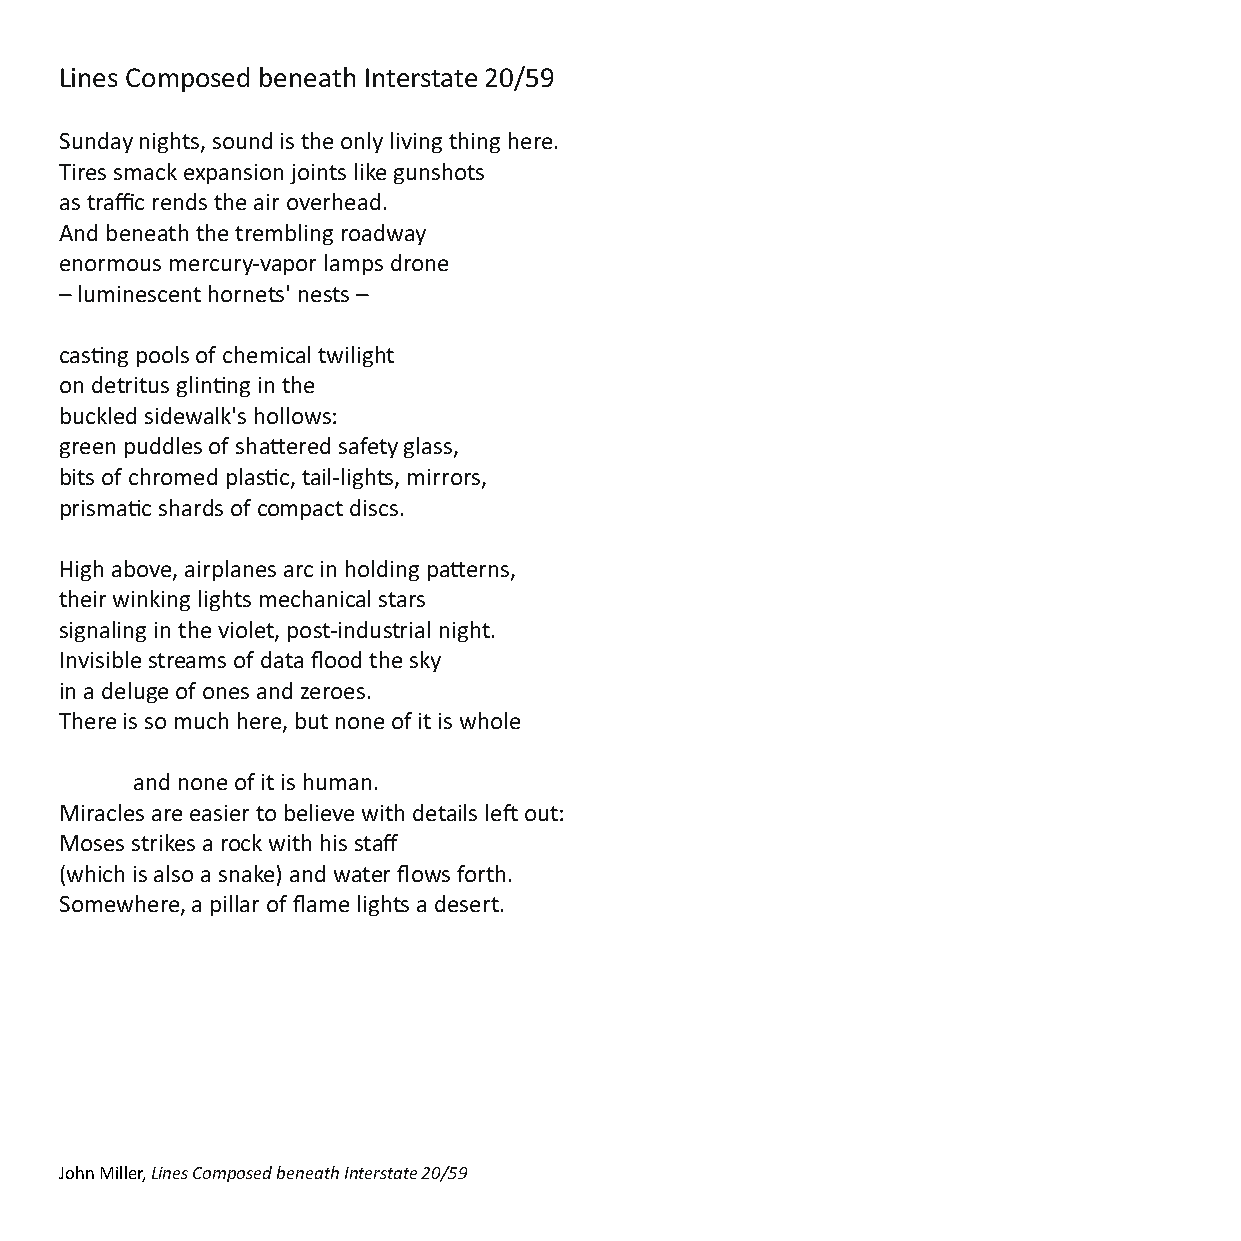
Lines Composed beneath Interstate 20/59
 Sunday nights, sound is the only living thing here.
 Tires smack expansion joints like gunshots
 as traffic rends the air overhead.
 And beneath the trembling roadway
 enormous mercury-vapor lamps drone
 – luminescent hornets' nests –
 casng pools of chemical twilight
 on detritus glinng in the
 buckled sidewalk's hollows:
 green puddles of shaered safety glass,
 bits of chromed plasc, tail-lights, mirrors,
 prismac shards of compact discs.
 High above, airplanes arc in holding paerns,
 their winking lights mechanical stars
 signaling in the violet, post-industrial night.
 Invisible streams of data flood the sky
 in a deluge of ones and zeroes.
 There is so much here, but none of it is whole
 and none of it is human.
 Miracles are easier to believe with details le out:
 Moses strikes a rock with his staff
 (which is also a snake) and water flows forth.
 Somewhere, a pillar of flame lights a desert.
 John Miller, Lines Composed beneath Interstate 20/59